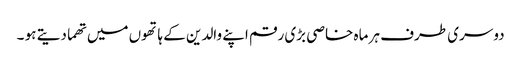
دوسری طرف ہر ماہ خاصی بڑی رقم اپنے والدین کے ہاتھوں میں تھما دیتے ہو ۔